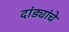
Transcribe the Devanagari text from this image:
दांड्यांचे